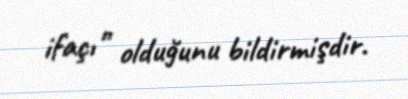
ifaçı” olduğunu bildirmişdir.